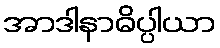
အာဒါနာဓိပ္ပါယာ